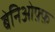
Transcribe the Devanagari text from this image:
बेनिओफ़्फ़